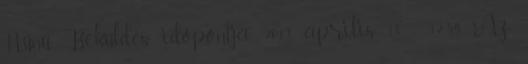
Nűnű. Beküldés időpontja: 2013, április 18 - 12:54. Az